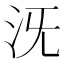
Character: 𣲪